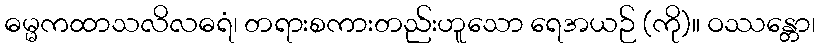
ဓမ္မကထာသလိလဓရံ၊ တရားစကားတည်းဟူသော ရေအယဉ် (ကို)။ ဝဿန္တော၊